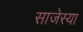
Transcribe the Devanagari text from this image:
साजेस्या